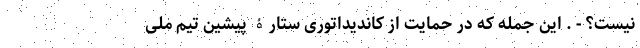
نیست؟ - . این جمله که در حمایت از کاندیداتوری ستارۀ پیشین تیم ملی